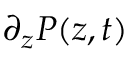
\partial _ { z } P ( z , t )